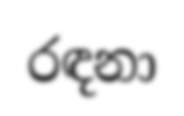
රඳනා